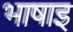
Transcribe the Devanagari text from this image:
भाषाइ